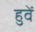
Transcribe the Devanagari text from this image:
हुवें